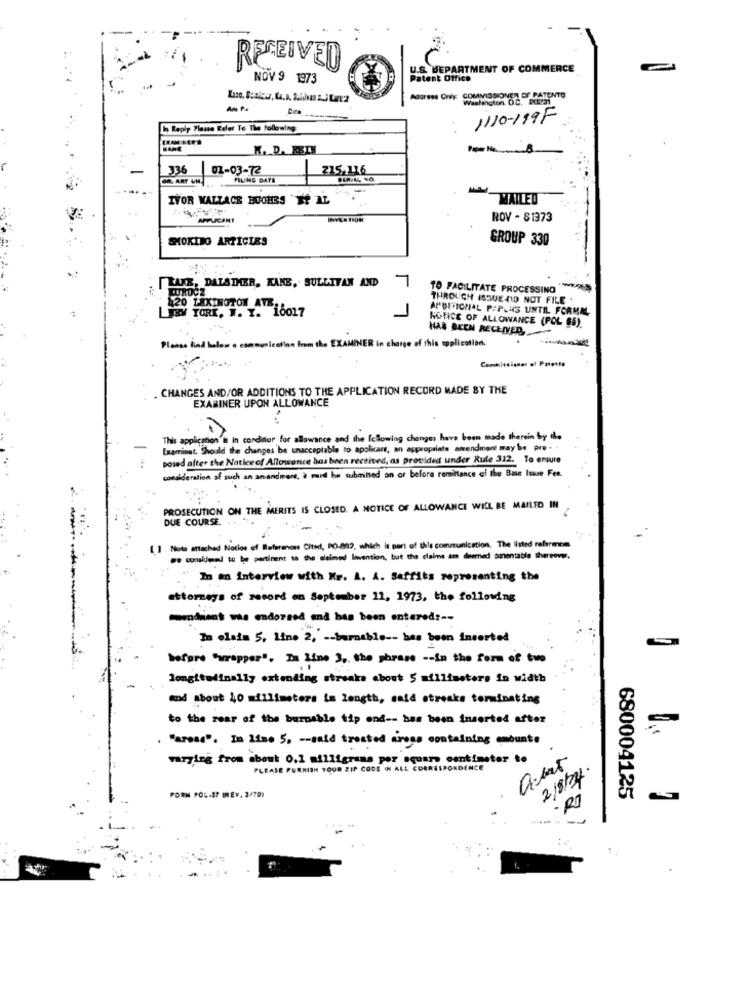
RECEIVED
U.S. DEPARTMENT OF COMMERCE
NOV 9 1973
Patent Office
Address Only: COMMISSIONER OF PATENTO
Pee
1110-199F
Reply Please Refer To The following
K. D. FETH
336 01-03-72
215.116
PILING DATE
IVOR WALLACE HUOERS ET AL
MAILED
APPLICANT
ROV - 81373
SMOKING ARTICLES
GROUP 330
[LAKE, DALSTHER, KAKE, SULLIVAN AND
7
TO FACILITATE PROCESSING ******
THROUGH ISSUE DID NOT FILE .
LIBY YORK, I. T. 16017
420 LEXINGTON AVB.
APBIFICHAL P/PLUS UNTIL FORMAL
NOTICE OF ALLOWANCE (POL 85).
HAS BEEN RECEIVED,
Please find below a communication from the EXAMINER in charge of this application.
Commissioner of Parotto
. CHANGES AND/OR ADDITIONS TO THE APPLICATION RECORD MADE BY THE
EXAMINER UPON ALLOWANCE
This application's in cordinor for allowance and the following changes have been made therein by the
lat, Should the changes be unacceptable to apolicars, an appropriate amendment may be pre- .
posed after the Noticeof Allowance has been received, as provided under Rule 312. To ensure
consideration af such an amendment, à mund be submitted on or before remintance of the Base Isave Fen.
PROSECUTION ON THE MERITS IS CLOSED. A NOTICE OF ALLOWANCE WILL BE MAILED IN
"6
DUE COURSE.
[ ] Note attached Notlos ef Referenons Cited, PO-802, which is part of this communication. The listed references
e corukind to be pertinent sa the claimed Invention, but the claims am deemed amentable thereover.
In an Interview with Mr. L. A. Saffits representing the
attorneys of record on September 11, 1973, the following
mmdient was endorsed and has been entered :--
Im olais 5. Line 2, -- barnable -- has been inserted
before "wrapper". Is Line 3, the phrase -- in the form of two
longitudinally extending streaks about 5 millimeters in width
and about 40 millimeters in length, said streaks terminating
to the rear of the burnable tip end -- has been inserted after
"aroad". In line 5, -- said treated cross containing embunte
varying from about 0.1 milligrams per square centimeter to
PLEASE PURNISH TOUR ZIP CODE IN ALL CORRESPONDENCE
2/8/24.
PORN POL-37 IREV. 3/79)
680004125
R$
-----